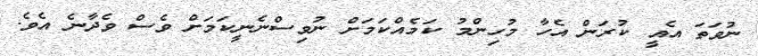
ނުވަތަ އެއީ ކުރަން އެހާ މުހިންމު ކަމެއްކަމަށް ނުވިސްނެނީކަމަށް ވެސް ވެދާނެ އެވެ.